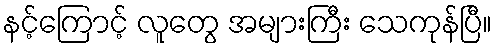
နင့်ကြောင့် လူတွေ အများကြီး သေကုန်ပြီ။